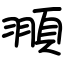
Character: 頨